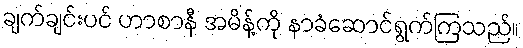
ချက်ချင်းပင် ဟာစာနီ အမိန့်ကို နာခံဆောင်ရွက်ကြသည်။